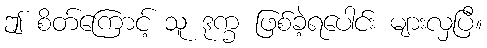
ဤ စိတ်ကြောင့် သူ ဒုက္ခ ဖြစ်ခဲ့ရပေါင်း များလှပြီ။